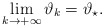
\begin{align*} \lim_{k\to+ \infty}\vartheta_{k}=\vartheta_{\star}. \end{align*}